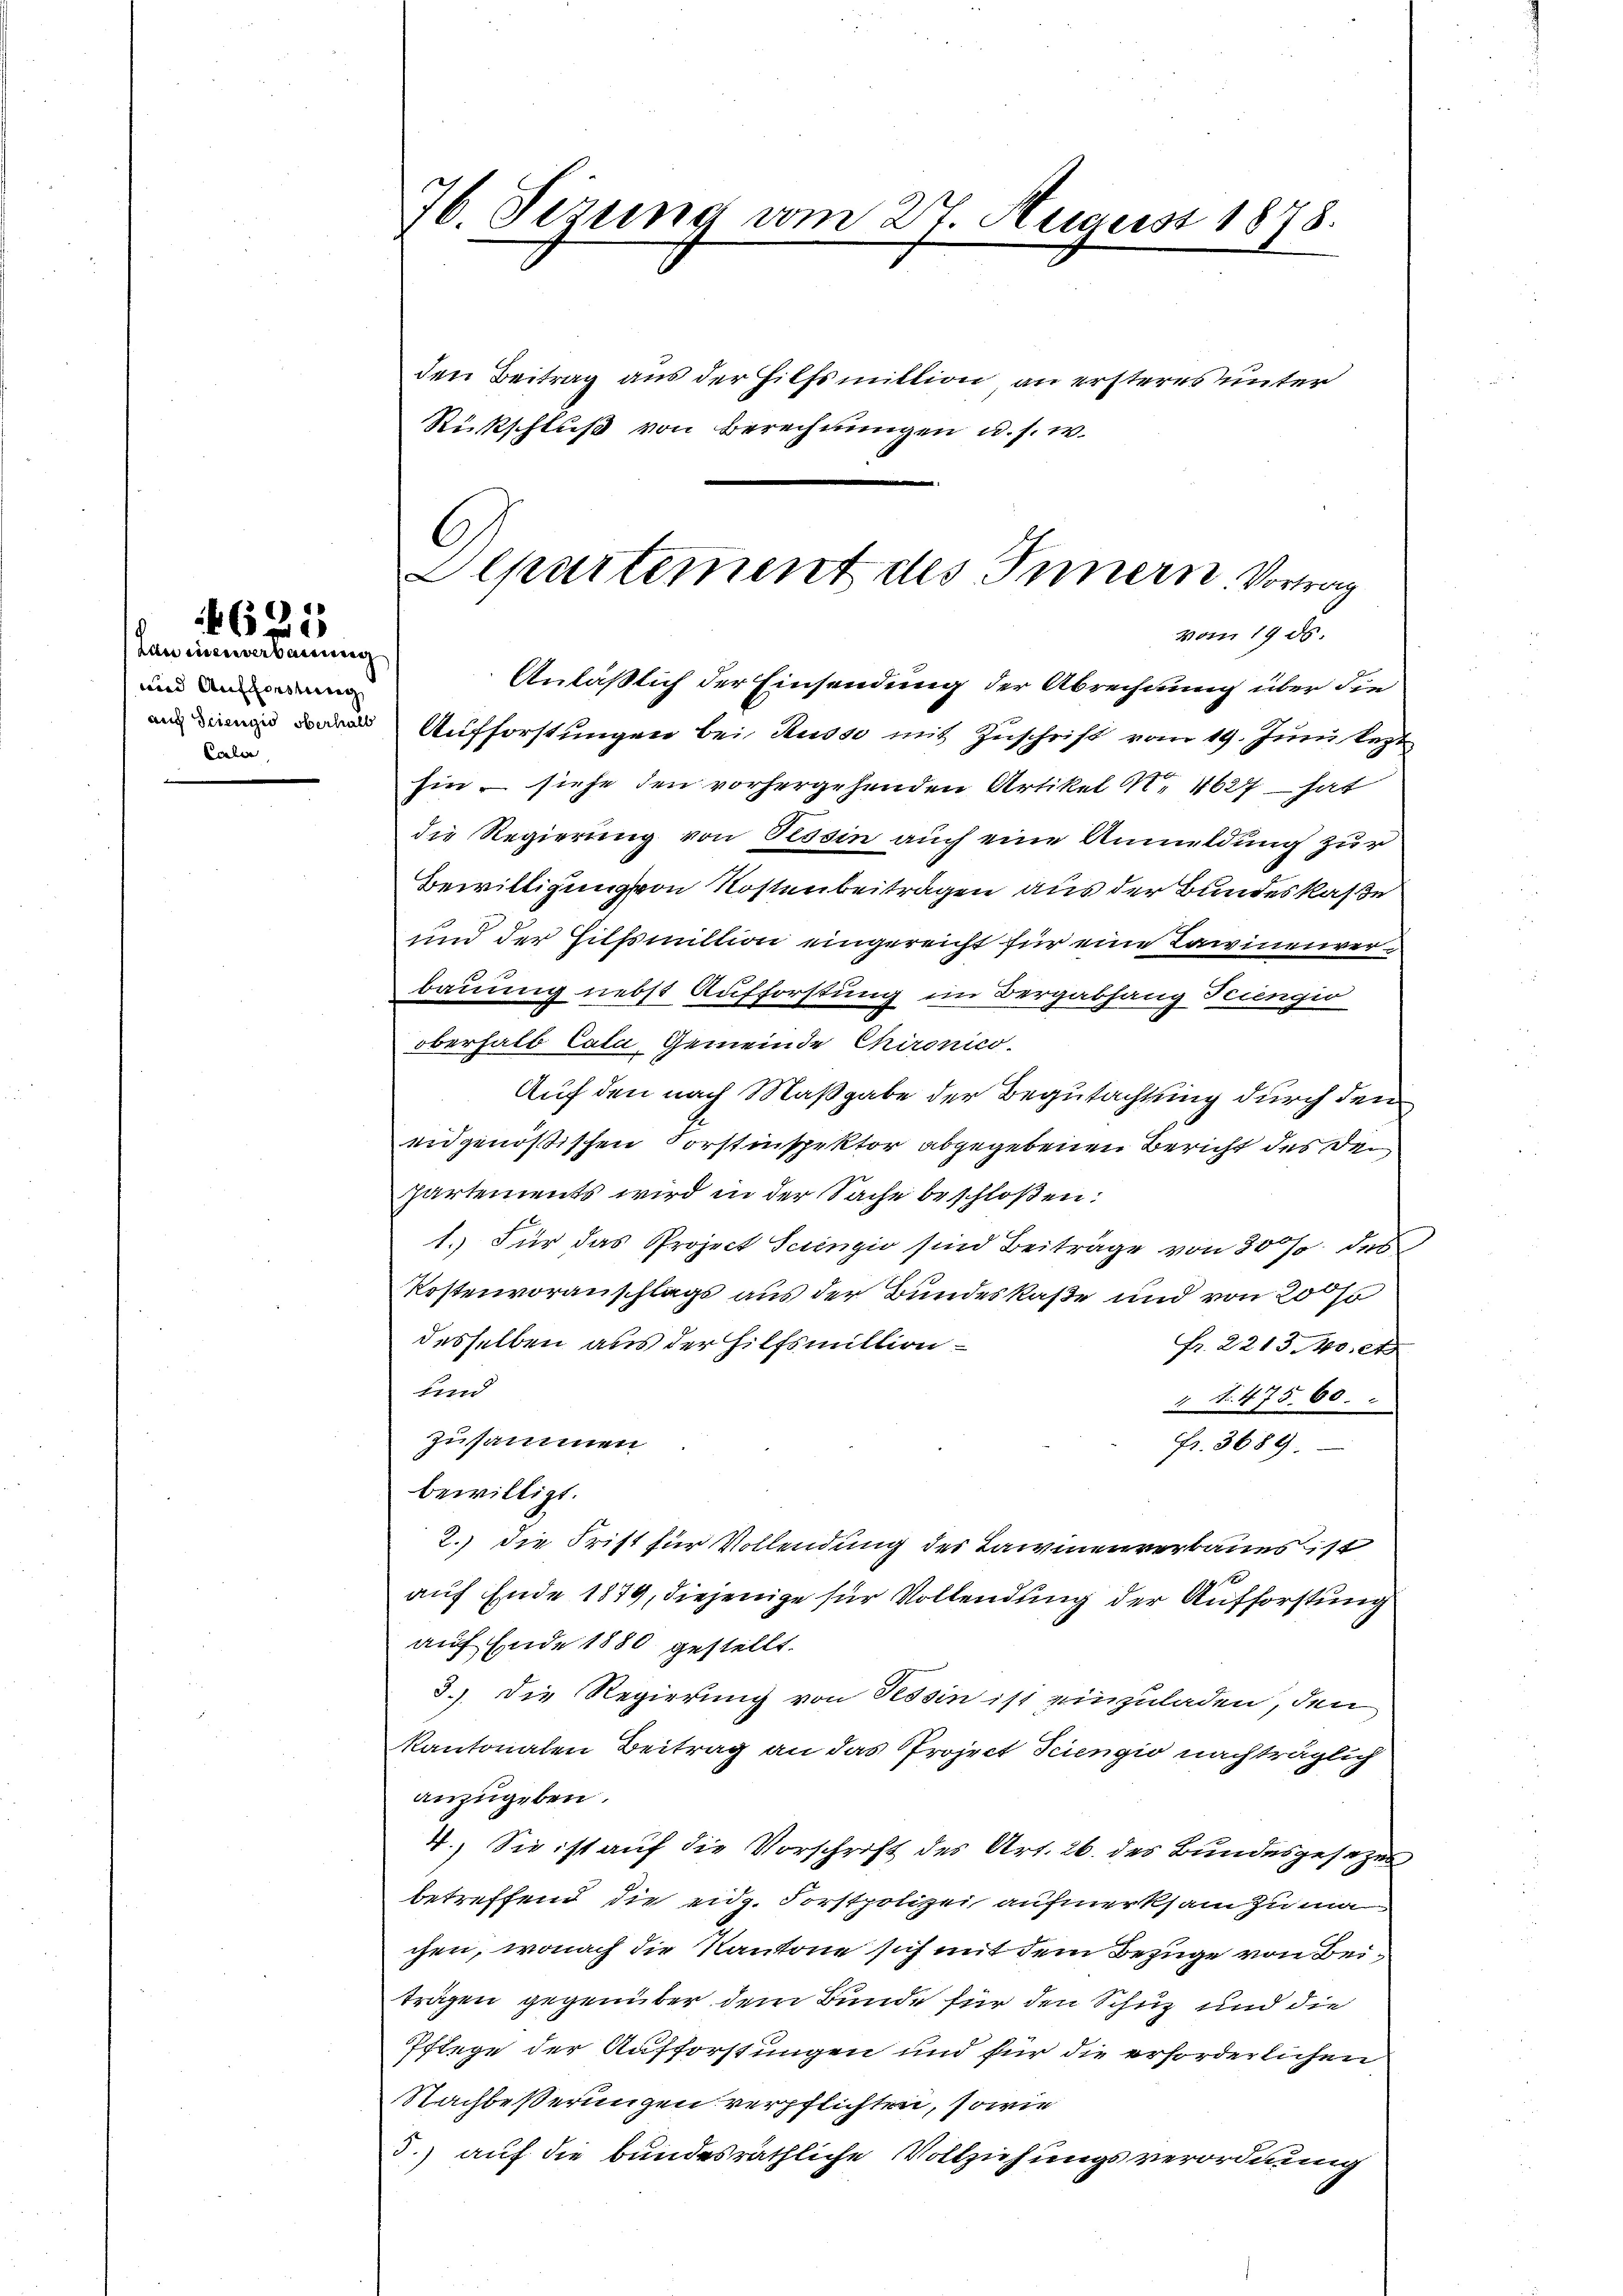
264
)
6

Lawineinsamung
und Aufhörstung
Coler

76. Sizung vom 27. August 1878.

den Beitrag aus der Hilfsmillion, an ersteres unter
Rückschluß von Berechnungen u. s. w.

hin – siehe den vorhergehenden Artikel N. 4627 – hat
die Regierung von Tessin auch eine Anmeldung zur
Bewilligung von Kostenbeitragen aus der Bundeskaße
und der Hilfsmiltion eingereicht für eine Lawinenverbauung nebst Aufforstung im Bergabhang Tiiengio
oberhalb Cala, Gemeinde Chironico.
Auf den nach Maßgabe der Begutachtung durch den
eidgenößischen Forstinspektor abgegebenen Bericht des Departements wird in der Sache beschloßen:
1. Für das Project Scienzio sind Beiträge von 30% des
Kostenvoranschlags aus der Bundeskaße und von 20
desselben aus der Hilfsmittion
fr. 2213 foret
und
2 No. 475. 60.
zusammen
Fr. 3689.
bewilligt.
2.) die Frist für Vollendung des Lawinenverbaues ist
auf Ende 1879, diejenige für Vollendung der Aufforstung
auf Ende 1880 gestellt.
3.). Die Regierung von Tessin ist einzuladen, den
kantonalen Beitrag an das Project Sciengio nachträglich
anzugeben.
4.) Sie ist auf die Vorschrift des Art. 26. des Bundesgesezes
betreffend die eidg. Forstpolizei aufmerksam zu ma
chen, wonach die Kantone sich mit dem Bezuge von Beiträgen gegenüber dem Bunde für den Schuz und die
Pflege der Aufforstungen und für die erforderlichen
Nachbeßerungen verpflichten, sowie
3.) auf die bundesräthliche Vollziehungsverordnung

C
Alpartement des Innern. Vortrag
vom 19. ds.
Anläßlich der Einsendung der Abrechnung über die
Aufforstungen bei Russe mit Zuschrift vom 19. Juni lezt